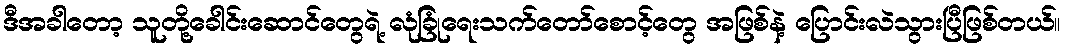
ဒီအခါတော့ သူတို့ခေါင်းဆောင်တွေရဲ့ လုံခြုံရေးသက်တော်စောင့်တွေ အဖြစ်နဲ့ ပြောင်းလဲသွားပြီဖြစ်တယ်။